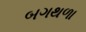
બગથળા